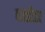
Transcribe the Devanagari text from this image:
हाईडा